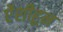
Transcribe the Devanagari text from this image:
ऐंशीहून